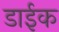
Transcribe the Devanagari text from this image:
डाईक